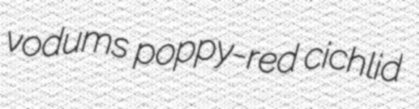
vodums poppy-red cichlid